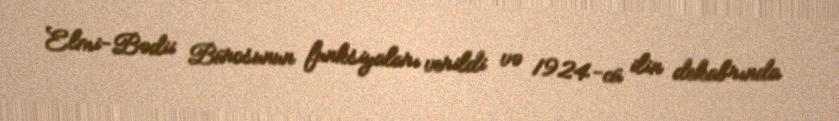
Elmi-Bədii Bürosunun funksiyaları verildi və 1924-cü ilin dekabrında